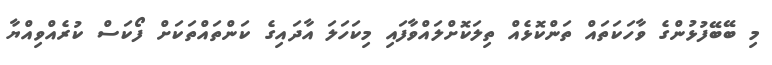
މި ބޭބޭފުޅުންގެ ވާހަކަތައް ތަންކޮޅެއް ތިލަކޮށްލައްވާފައި މިކަހަލަ އާދައިގެ ކަންތައްތަކަށް ފޯކަސް ކުރެއްވިއްޔާ